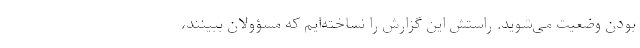
بودن وضعیت می‌شوید. راستش این گزارش را نساخته‌ایم که مسؤولان ببینند،